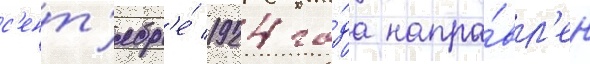
с'ент'ябр'е́ 1924 го́да напра́вл'ен